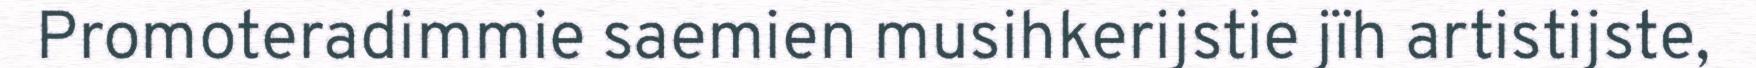
Promoteradimmie saemien musihkerijstie jïh artistijste,